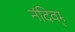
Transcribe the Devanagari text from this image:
नंदिवम्र्